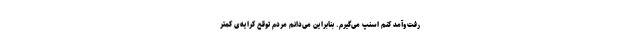
رفت‌و‌آمد کنم اسنپ می‌گیرم. بنابراین می‌دانم مردم توقع کرایه‌ی کمتر